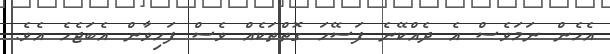
އެހެން ނަމަވެސް އެ ދެއްކޭނެ ފަސޭހަ ގޮތްތަކެއް ވެސް ފަހިވާން އެބަޖެހެ އެވެ.